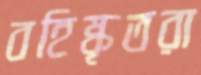
বহিষ্কৃতরা